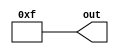
module Constant15(
	output [3:0] out
);

	assign out = 4'hF;
	
endmodule

module Constant4(
	output [31:0] out
);

	assign out = 32'h04;
	
endmodule

module Constant0(
	output out
);

	assign out = 1'b0;
	
endmodule